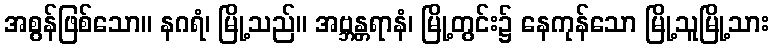
အစွန်ဖြစ်သော။ နဂရံ၊ မြို့သည်။ အဗ္ဘန္တရာနံ၊ မြို့တွင်း၌ နေကုန်သော မြို့သူမြို့သား